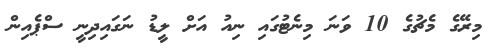
މިރޭގެ މެޗުގެ 10 ވަނަ މިނެޓުގައި ނިއު އަށް ލީޑު ނަގައިދިނީ ސްޕެއިން